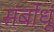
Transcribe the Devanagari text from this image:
संबोधूं